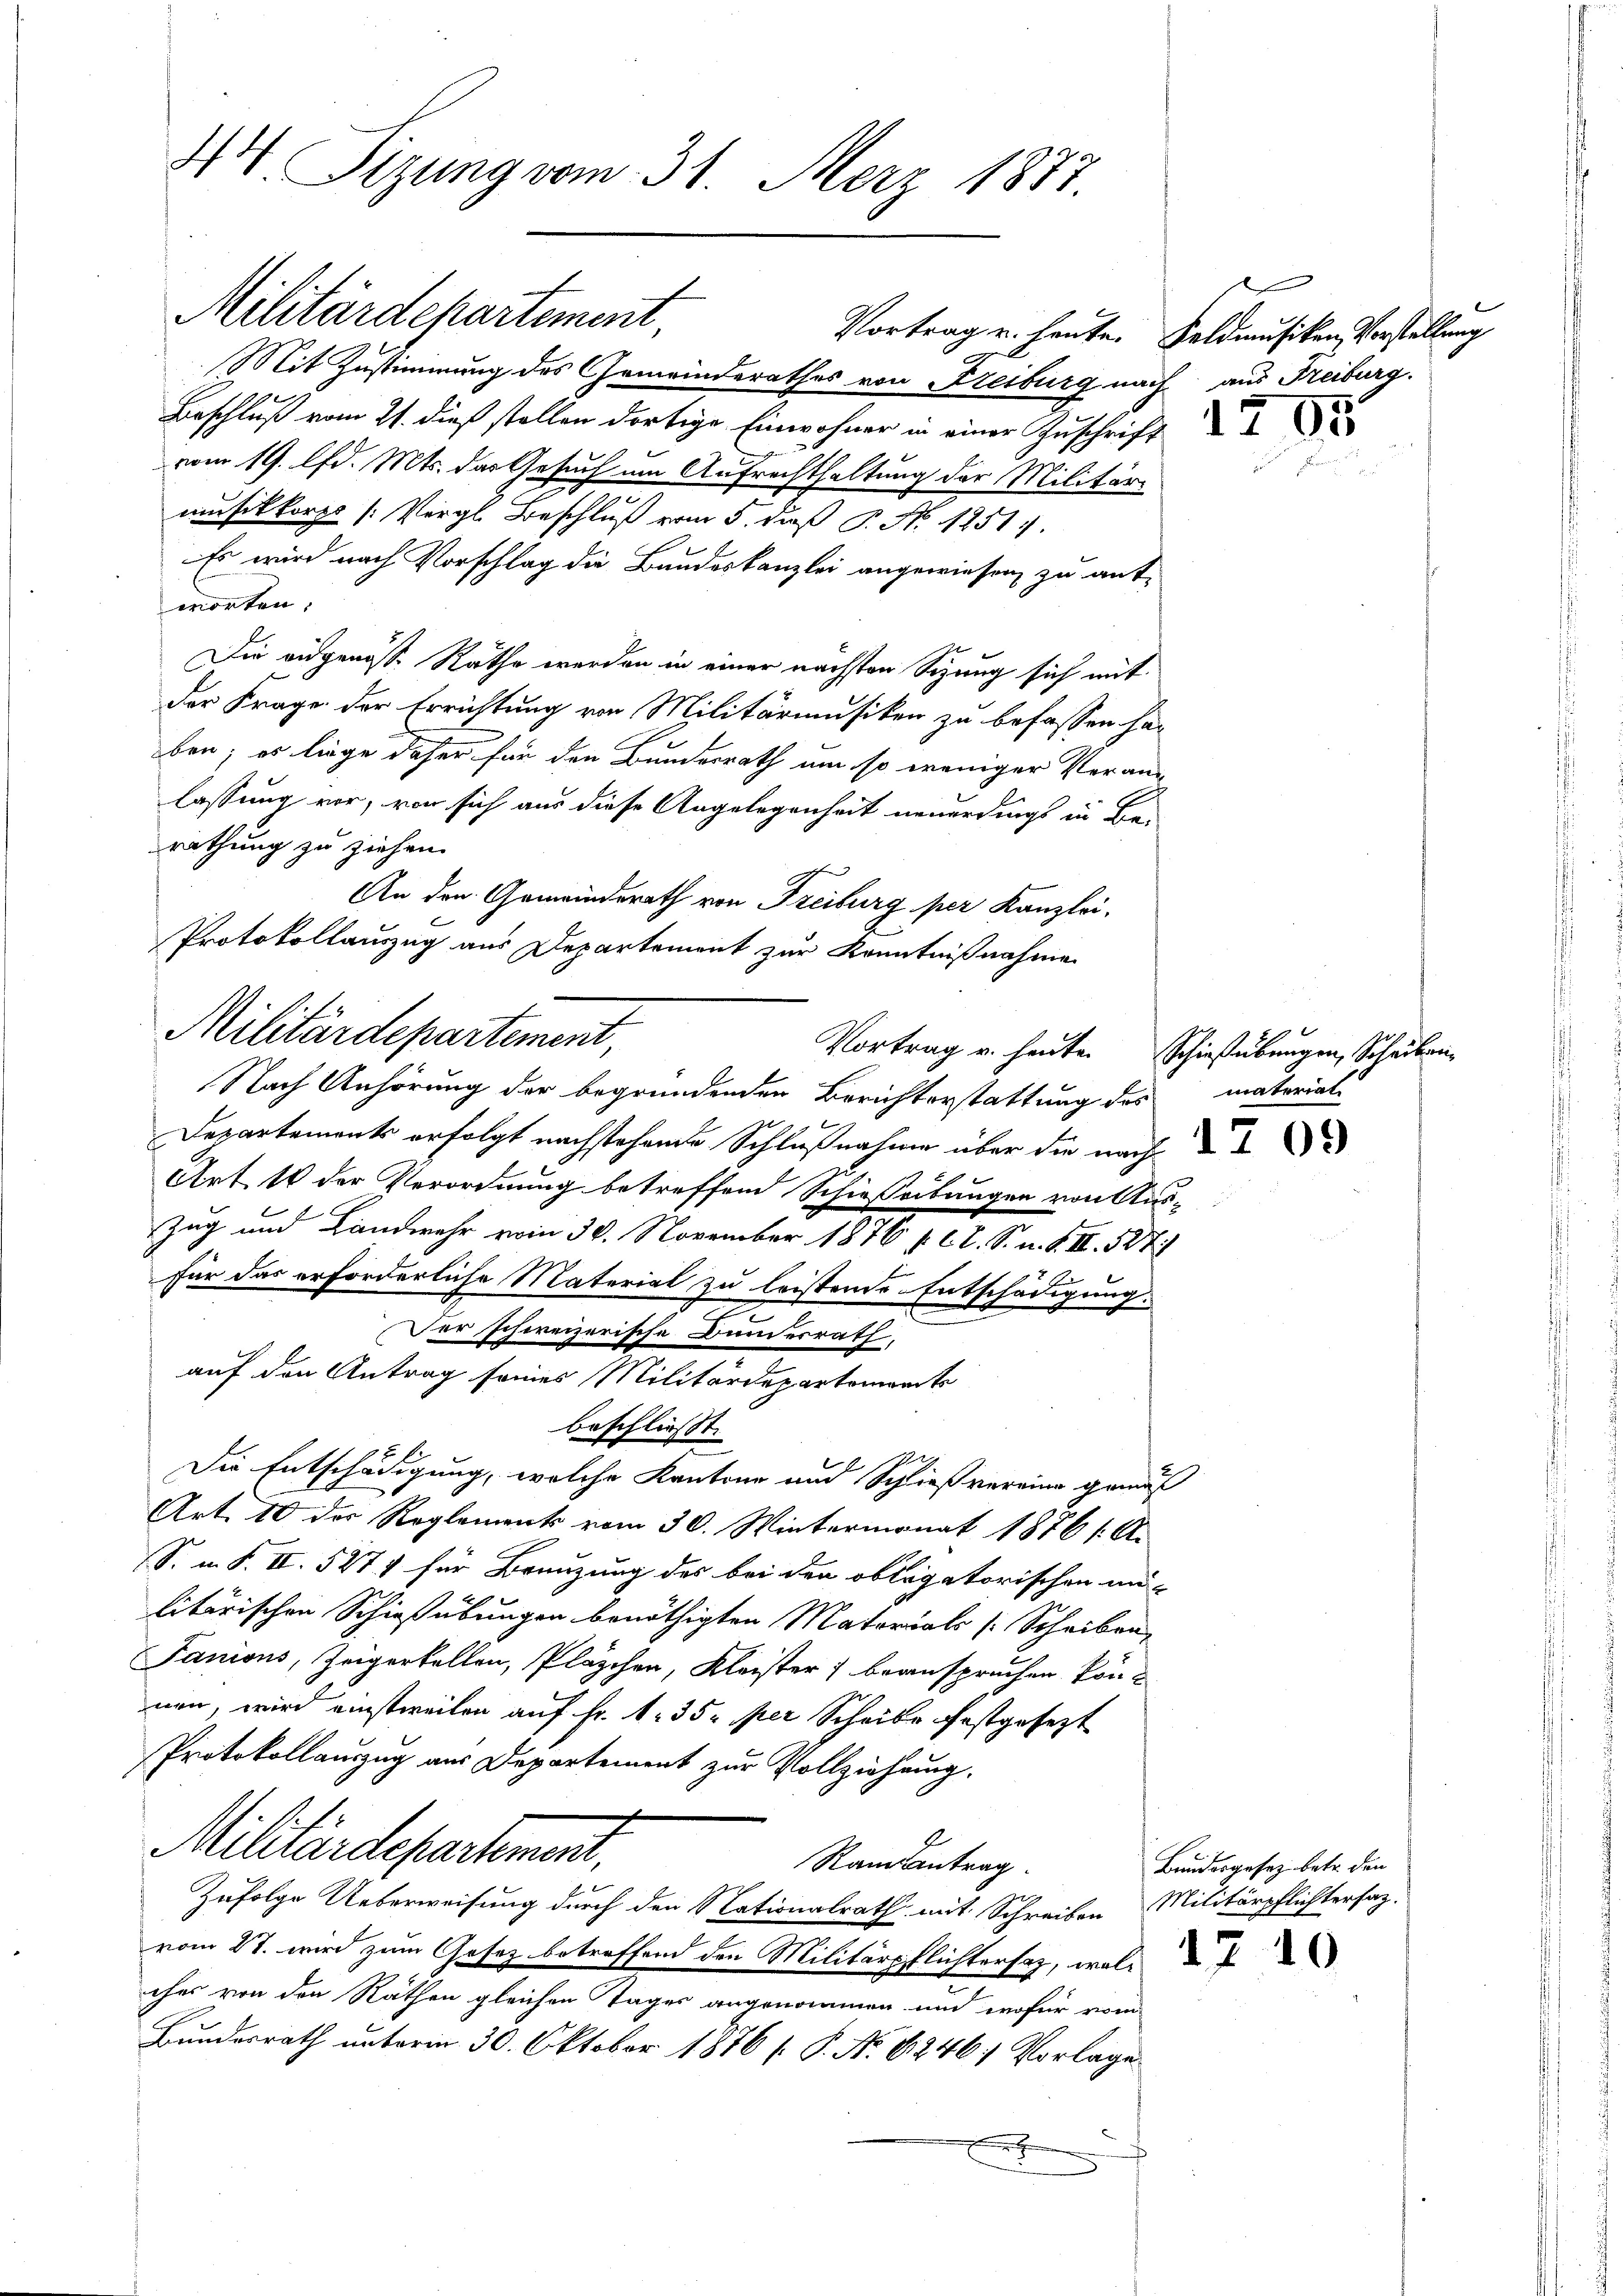
44. Sizung vom 31. Merz 1877.

Militärdepartement

Mit Zustimmung des Gemeinderathes von Freiburg nach aus Freiburg.
Beschluß vom 21. dieß stellen dortige Einwohner in einer Zuschrift
vom 19. lfd. Mts. das Gesuch um Aufrechthaltung der Militärmusikkorps [Vergl. Beschluß vom 5. daß P. No 1251.
Es wird nach Vorschlag die Bandeskanzlei angewiesen zu antworten.
Die eidgenösse Räthe werden in einer nächsten Sizung sich mit
der Frage der Errichtung von Militärmusiken zu befassen haben; es liege daher für den Bundesrath um so weniger Veran-
lassung vor, von sich aus diese Angelegenheit neuerdings in Be-
rathung zu ziehen.
An den Gemeinderath von Freiburg per Kanzlei-
Nach Anhörung der begründenden Berichterstattung des materiali
Departements erfolgt nachstehende Schlußnahme über die nach
Art. 14 der Verordnung betreffend Schießeitungen von Aus-
Zug und Landwehr vom 30. November 1876 f. C. R. S. n. F. II. 327
für das erforderliche Material zu leistende Entschädigung.
Der schweizerische Bundesrath,
auf den Antrag seines Militärdepartemonts
beschließt:
Die Entschädigung, welche Kantone und Schließvereine gemäß
Art. 10 der Reglements vom 30. Wintermonat 1876 s. Ar
S. m. S. II. 527 für Breuzung des bei den obligatorischen mü-
litärischen Schießübungen benöthigten Matorials [Scheiben
Tanions, Zeigertellen, Pläschen, Kleister) beanspruchen können, wird einstweilen auf Fr. 1. 35. per Scheibe festgesezt
Protokollauszug aus Departement zur Vollziehung.
Militärdepartement,
Raisantrag.
Zufolge Ueberweisung durch den Nationalrath mit Schreiben Militärpflichtersaz-
vom 27. wird zum Gesetz betreffend den Militärpflichtersatz, welc
ches von den Räthen gleichen Tages angenommen und wofür vom
Bundesrath unterm 30. Oktober 1876 f. P. No 6246/ Vorlage
.

Protokollauszug aus Departement zur Kenntnißnahme
Militärdepartement,

Vortrag u. heute. Feldmusiken Vorstellung

1205

Vortrag u. heute Schießübungen, Scheiben

Bundesgesetz betr. den